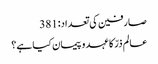
صارفین کی تعداد:381
عالم ذرّ کا عہد و پیمان کیا ہے؟